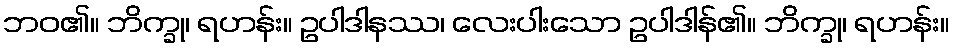
ဘဝ၏။ ဘိက္ခု၊ ရဟန်း။ ဥပါဒါနဿ၊ လေးပါးသော ဥပါဒါန်၏။ ဘိက္ခု၊ ရဟန်း။